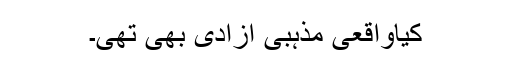
کیاواقعی مذہبی آزادی بھی تھی۔